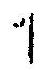
1